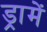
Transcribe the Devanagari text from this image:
ड्रामें